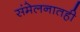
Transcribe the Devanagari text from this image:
संमेलनातही